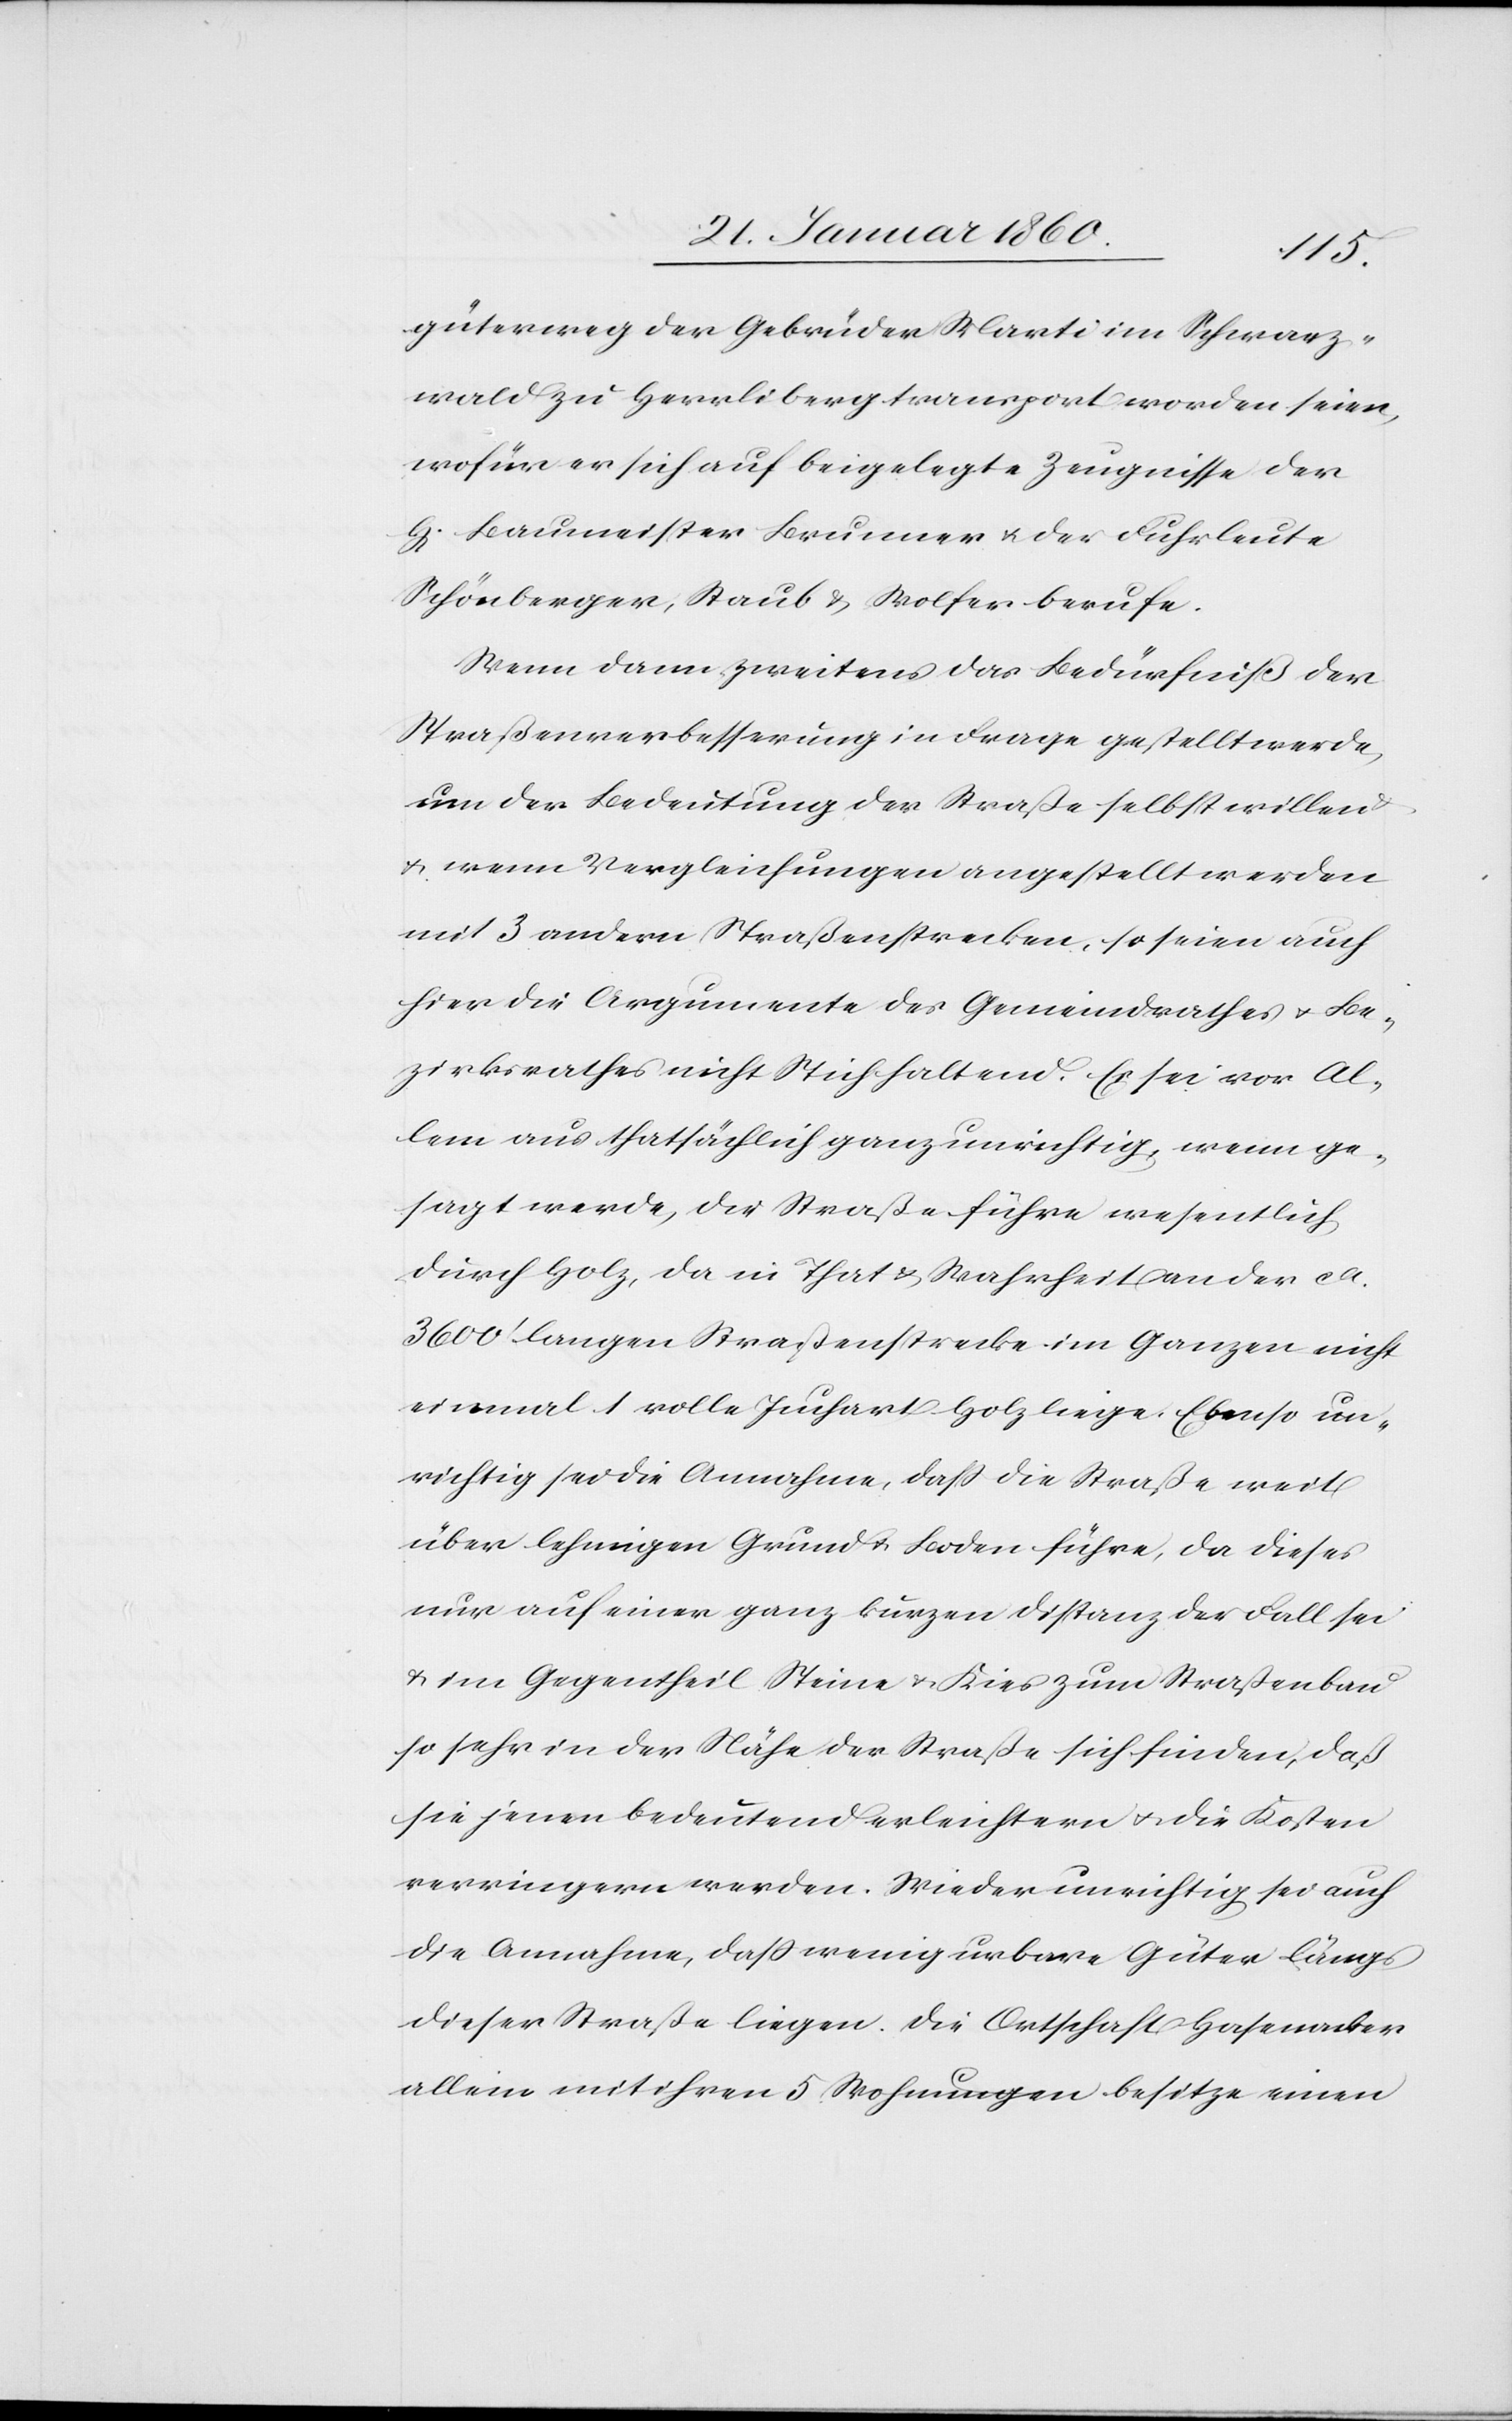
güterweg der Gebrüder Marti im Schwarz¬
wald zu Herrliberg transportiert worden seien,
wofür er sich auf beigelegte Zeugnisse der
H. Baumeister Brunner u. der Fuhrleute
Schöneberger, Staub u. Wolfer berufe.
Wenn dann zweitens das Bedürfniß der
Straßenverbesserung in Frage gestellt werde,
um der Bedeutung der Straße selbst willen
u. wenn Vergleichungen angestellt werden
mit 3 andern Straßenstrecken, so seien auch
hier die Argumente des Gemeindrathes u. Be¬
zirksrathes nicht Stichhaltend. Er sei vor Al¬
lem aus thatsächlich ganz unrichtig, wenn ge¬
sagt werde, die Straße führe wesentlich
durch Holz, da in That u. Wahrheit an der ca
3600’ langen Strassenstrecke im Ganzen nicht
einmal 1 volle Juchart Holz liege. Ebenso un¬
richtig sei die Annahme, dass die Straße weit
über lehmigen Grund u. Boden führe, da dieses
nur auf einer ganz kurzen Distanz der Fall sei
u. im Gegentheil Steine u. Kies zum Strassenbau
so sehr in der Nähe der Straße sich finden, daß
sie jenen bedeutend erleichtern u. die Kosten
verringern werden. Wieder unrichtig sei auch
die Annahme, dass wenig urbare Güter längs
dieser Straße liegen. Die Ortschaft Hasenacker
allein mit ihren 5. Wohnungen besitze einen